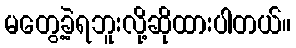
မတွေ့ခဲ့ရဘူးလို့ဆိုထားပါတယ်။